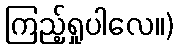
ကြည့်ရှုပါလေ။)